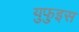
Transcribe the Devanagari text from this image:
युफुइस